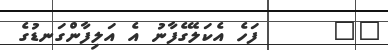
١١      ފަހެ އެކަލޭގެފާނު އެ އަލިފާންގަނޑުގެ